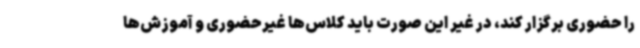
را حضوری برگزار کند، در غیر این صورت باید کلاس‌ها غیرحضوری و آموزش‌ها